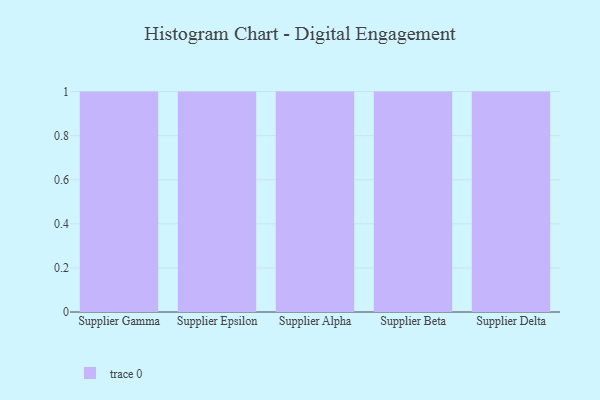
{"axis": {"x": "Supplier", "y": "Latency (ms)"}, "legend": [""], "data": [{"x": "Supplier Gamma", "y": 60, "type": ""}, {"x": "Supplier Epsilon", "y": 57, "type": ""}, {"x": "Supplier Alpha", "y": 100, "type": ""}, {"x": "Supplier Beta", "y": 70, "type": ""}, {"x": "Supplier Delta", "y": 96, "type": ""}]}